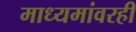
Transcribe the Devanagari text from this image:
माध्यमांवरही